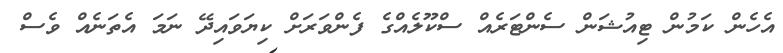
އެހެން ކަމުން ޓިއުޝަން ސެންޓަރެއް ސްކޫލެއްގެ ފެންވަރަށް ކިޔަވައިދޭ ނަމަ އެތަނެއް ވެސް